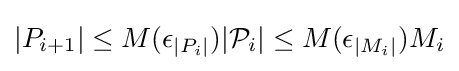
|P_{i+1}|\leq M(\epsilon _{|P_{i}|})|{\mathcal {P}}_{i}|\leq M(\epsilon _{|M_{i}|})M_{i}